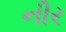
નીર